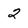
Character: 2